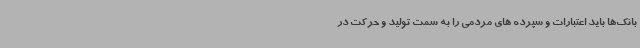
بانک‌ها باید اعتبارات و سپرده های مردمی را به سمت تولید و حرکت در